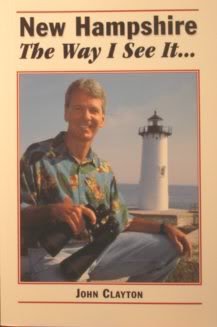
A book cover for New Hampshire: The way I see it-; John Clayton; Travel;